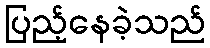
ပြည့်နေခဲ့သည်